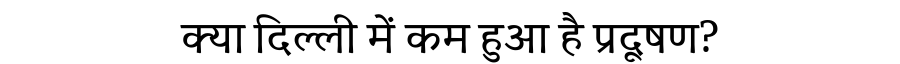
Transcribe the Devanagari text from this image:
क्या दिल्ली में कम हुआ है प्रदूषण?